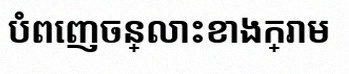
បំពេញចន្លោះខាងក្រោម